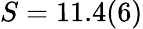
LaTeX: S=11.4(6)